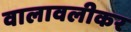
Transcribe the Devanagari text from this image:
वालावलीकर